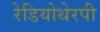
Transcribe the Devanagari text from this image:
रेडियोथेरपी